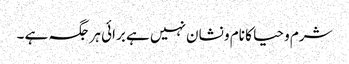
شرم و حیا کا نام و نشان نہیں ہے برائی ہر جگہ ہے ۔